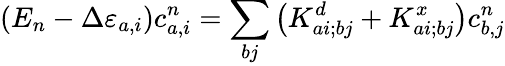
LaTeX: \left(E_{n}-\Delta\varepsilon_{a,i}\right)c_{a,i}^{n}=\sum_{bj}\left(K_{ai;bj}^{d}+K_{ai;bj}^{x}\right)c_{b,j}^{n}